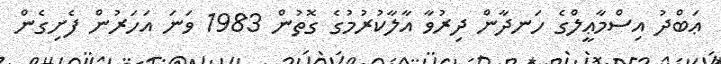
ޢަބްދު އިސްމާޢީލްގެ ހަނދާން ދިރުވާ އާލާކުރުމުގެ ގޮތުން 1983 ވަނަ އަހަރުން ފެށިގެން